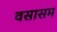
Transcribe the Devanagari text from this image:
वसासम